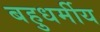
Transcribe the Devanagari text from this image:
बहुधर्मीय